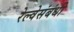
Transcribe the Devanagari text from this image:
रेल्वेसंबंधी